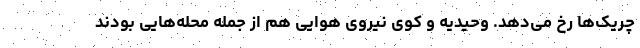
چریک‌ها رخ می‌دهد. وحیدیه و کوی نیروی هوایی هم از جمله محله‌هایی بودند